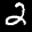
Label: 2